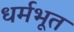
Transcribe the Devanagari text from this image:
धर्मभूत